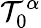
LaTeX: \mathcal{T}_{0}^{\alpha}